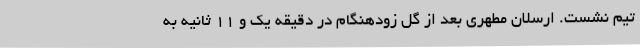
تیم نشست. ارسلان مطهری بعد از گل زودهنگام در دقیقه یک و 11 ثانیه به